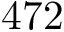
4 7 2